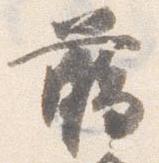
臈